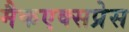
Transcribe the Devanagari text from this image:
मैकएक्सप्रेस